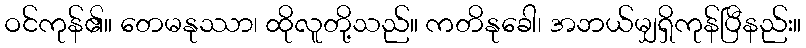
ဝင်ကုန်၏။ တေမနုဿာ၊ ထိုလူတို့သည်။ ကတိနုခေါ၊ အဘယ်မျှရှိကုန်ပြီနည်း။